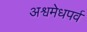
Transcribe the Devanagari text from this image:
अश्वमेधपर्व